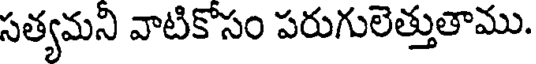
సత్యమని వాటికొసం పరుగులెత్తుతాము.